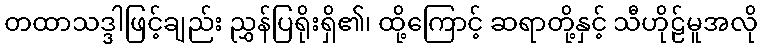
တထာသဒ္ဒါဖြင့်ချည်း ညွှန်ပြရိုးရှိ၏၊ ထို့ကြောင့် ဆရာတို့နှင့် သီဟိုဠ်မူအလို